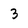
Character: 3